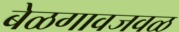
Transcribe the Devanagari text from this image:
बेळगावजवळ